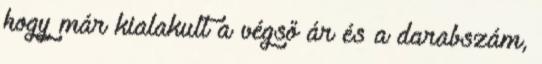
hogy már kialakult a végső ár és a darabszám,